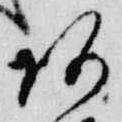
阿